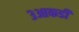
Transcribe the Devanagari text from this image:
३आकडी